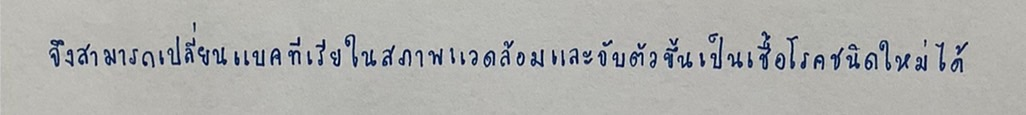
จึงสามารถเปลี่ยนแบคทีเรียในสภาพแวดล้อมและจับตัวขึ้นเป็นเชื้อโรคชนิดใหม่ได้